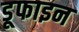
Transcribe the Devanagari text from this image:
डूफाइन